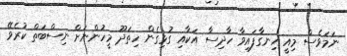
ނަމަވެސް މިއީ ހިނގާފައިވާ ހާދިސާ އަކާއި ގުޅިގެން ހިތަދޫ މީހުންނަށް ނިސްބަތް ކުރެވޭ